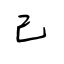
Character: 己